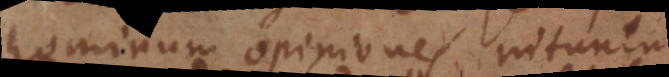
hominum opiniones nitun